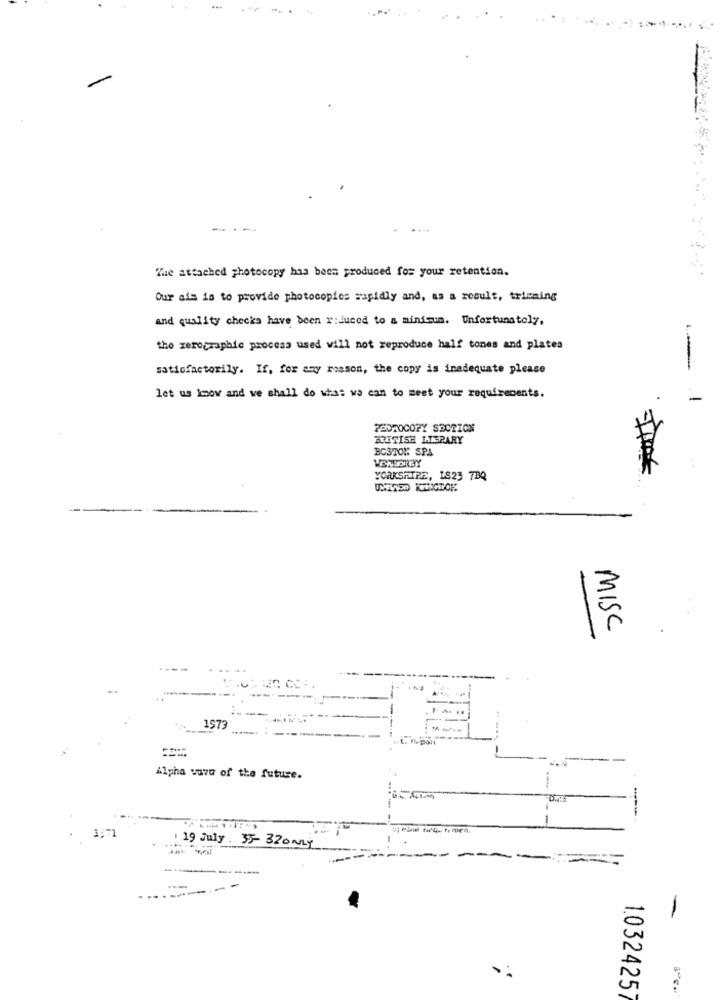
The attached photocopy has been produced fos your retention.
Our als is to provide photocopies rapidly and, as a result, tricaing
and quality checks have been r:duced to a minimum. Unfortunately.
the zerographie procesa used will not reproduce half tones and plates
satiofactorily. If, for any reason, the copy is inadequate please
let us know and we shall do what we can to meet your requirements.
-
PHOTOCOPY SPOZION
BRITISH LIBRARY
BC3TOK SPA
€
YORKSHIRE, IS23 7BQ
3
MISC
1573
Alpha wave of the future.
-
1 19 July. 35- 32ONLY
---
- -
-
1.032425